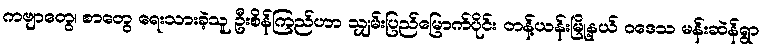
ကဗျာတွေ၊ စာတွေ ရေးသားခဲ့သူ ဦးစိန်ကြည်ဟာ သျှမ်းပြည်မြောက်ပိုင်း တန့်ယန်းမြို့နယ် ဝဒေသ မန်းဆဲန်ရွာ